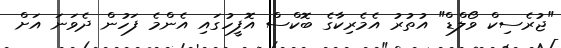
"ޖުރެސިކް ވޯލްޑް" އުތުރު އެމެރިކާގެ ބޮކްސް އޮފީހުގައި އެންމެ ފަހުން ދެވަނަ އަށް